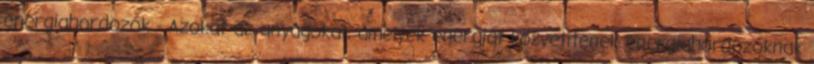
energiahordozók - Azokat az anyagokat, amelyek energiát közvetítenek energiahordozóknak